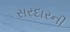
સરદારની